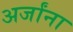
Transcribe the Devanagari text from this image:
अर्जांना